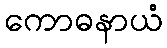
ကောဓနာယံ